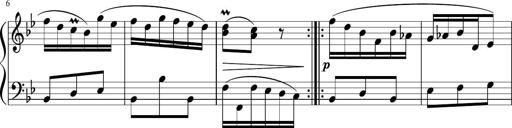
Title: 12 Keyboard Sonatinas
Composer: James Hook